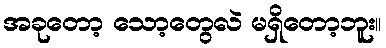
အခုတော့ သော့တွေလဲ မရှိတော့ဘူး။